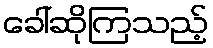
ခေါ်ဆိုကြသည့်